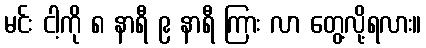
မင်း ငါ့ကို ၈ နာရီ ၉ နာရီ ကြား လာ တွေ့လို့ရလား။